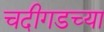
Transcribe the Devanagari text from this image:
चदीगडच्या